Indian Medical Review
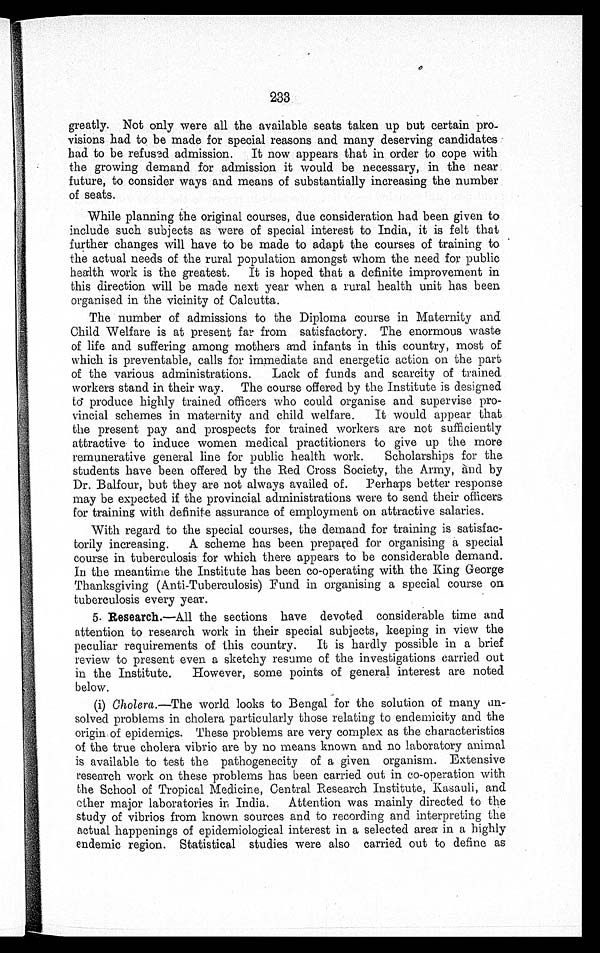
233
greatly. Not only were all the available seats taken up but certain pro-
visions had to be made for special reasons and many deserving candidates
had to be refused admission. It now appears that in order to cope with
the growing demand for admission it would be necessary, in the near
future, to consider ways and means of substantially increasing the number
of seats.
While planning the original courses, due consideration had been given to
include such subjects as were of special interest to India, it is felt that
further changes will have to be made to adapt the courses of training to
the actual needs of the rural population amongst whom the need for public
health work is the greatest. It is hoped that a definite improvement in
this direction will be made next year when a rural health unit has been
organised in the vicinity of Calcutta.
The number of admissions to the Diploma course in Maternity and
Child Welfare is at present far from satisfactory. The enormous waste
of life and suffering among mothers and infants in this country, most of
which is preventable, calls for immediate and energetic action on the part
of the various administrations. Lack of funds and scarcity of trained
workers stand in their way. The course offered by the Institute is designed
to produce highly trained officers who could organise and supervise pro-
vincial schemes in maternity and child welfare. It would appear that
the present pay and prospects for trained workers are not sufficiently
attractive to induce women medical practitioners to give up the more
remunerative general line for public health work. Scholarships for the
students have been offered by the Red Cross Society, the Army, and by
Dr. Balfour, but they are not always availed of. Perhaps better response
may be expected if the provincial administrations were to send their officers
for training with definite assurance of employment on attractive salaries.
With regard to the special courses, the demand for training is satisfac-
torily increasing. A scheme has been prepared for organising a special
course in tuberculosis for which there appears to be considerable demand.
In the meantime the Institute has been co-operating with the King George
Thanksgiving (Anti-Tuberculosis) Fund in organising a special course on
tuberculosis every year.
5. Research.—All the sections have devoted considerable time and
attention to research work in their special subjects, keeping in view the
peculiar requirements of this country. It is hardly possible in a brief
review to present even a sketchy resume of the investigations carried out
in the Institute. However, some points of general interest are noted
below.
(i) Cholera .—The world looks to Bengal for the solution of many un-
solved problems in cholera particularly those relating to endemicity and the
origin of epidemics. These problems are very complex as the characteristics
of the true cholera vibrio are by no means known and no laboratory animal
is available to test the pathogenecity of a given organism. Extensive
research work on these problems has been carried out in co-operation with
the School of Tropical Medicine, Central Research Institute, Kasauli, and
other major laboratories in India. Attention was mainly directed to the
study of vibrios from known sources and to recording and interpreting the
actual happenings of epidemiological interest in a selected area in a highly
endemic region. Statistical studies were also carried out to define as